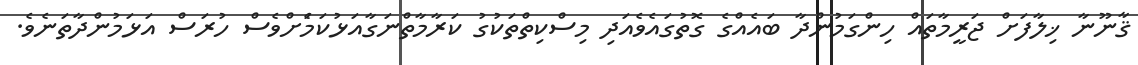
ޤާނޫނާ ޚިލާފަށް ޖަރީމާތައް ހިންގަމުންދާ ބައެއްގެ ގޮތުގައެވެއަދި މިސްކިތްތަކުގު ކަރާމާތްނަގާއަޅުކަމަެށްވެސް ހުރަސް އަޅަމުންދާތަނެވެ.